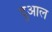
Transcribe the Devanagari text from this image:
दुआल